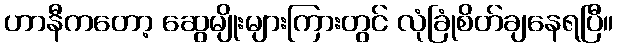
ဟာနီကတော့ ဆွေမျိုးများကြားတွင် လုံခြုံစိတ်ချနေရပြီ။